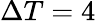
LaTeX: \Delta T=4